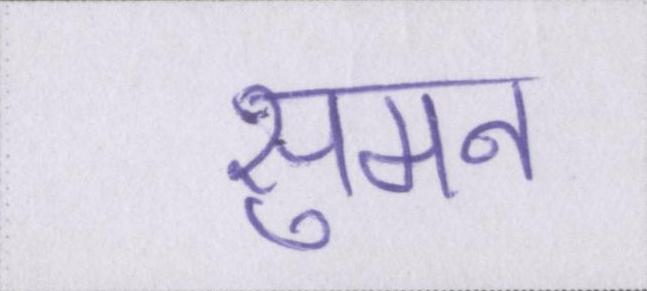
सुमन